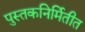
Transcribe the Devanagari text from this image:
पुस्तकनिर्मितीत